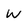
Character: W